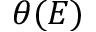
\theta ( E )